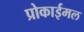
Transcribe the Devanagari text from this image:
प्रोकाईमल